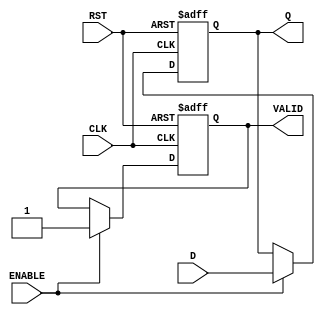
module output_register #(
    parameter DATA_WIDTH = 8  // Parameter for data width
)(
    input  wire [DATA_WIDTH-1:0] D,     // Data input
    input  wire CLK,                     // Clock signal
    input  wire RST,                     // Reset signal
    input  wire ENABLE,                  // Enable signal
    output reg  [DATA_WIDTH-1:0] Q,     // Data output
    output reg  VALID                    // Output valid signal
);

// Sequential logic block
always @(posedge CLK or posedge RST) begin
    if (RST) begin
        Q <= {DATA_WIDTH{1'b0}};  // Clear register on reset
        VALID <= 1'b0;            // Set VALID to low on reset
    end else if (ENABLE) begin
        Q <= D;                   // Capture data on clock edge if enabled
        VALID <= 1'b1;           // Set VALID to high when data is updated
    end
end

endmodule